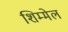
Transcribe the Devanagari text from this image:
शिम्मेल